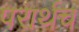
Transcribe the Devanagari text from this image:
परार्थच